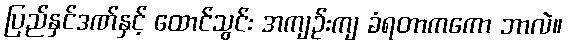
ပြည်နှင်ဒဏ်နှင့် ထောင်သွင်း အကျဉ်းကျ ခံရတာကကော ဘာလဲ။